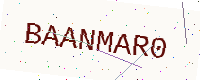
Text: BAANMAR0